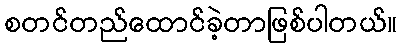
စတင်တည်ထောင်ခဲ့တာဖြစ်ပါတယ်။